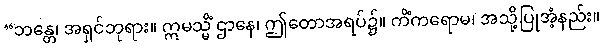
“ဘန္တေ၊ အရှင်ဘုရား။ ဣမသ္မိံ ဌာနေ၊ ဤတောအရပ်၌။ ကိံကရောမ၊ အသို့ပြုအံ့နည်း။